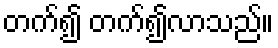
တက်၍ တက်၍လာသည်။